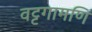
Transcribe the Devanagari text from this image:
वट्टगामणि